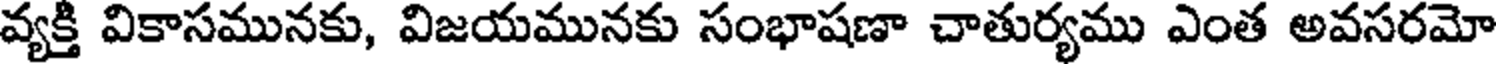
వ్యక్తి వికాసమునకు, విజయమునకు సంభాషణా చాతుర్యము ఎంత అవసరమో